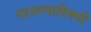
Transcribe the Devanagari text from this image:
परतण्याविषयी